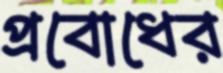
প্রবোধের